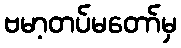
ဗမာ့တပ်မတော်မှ